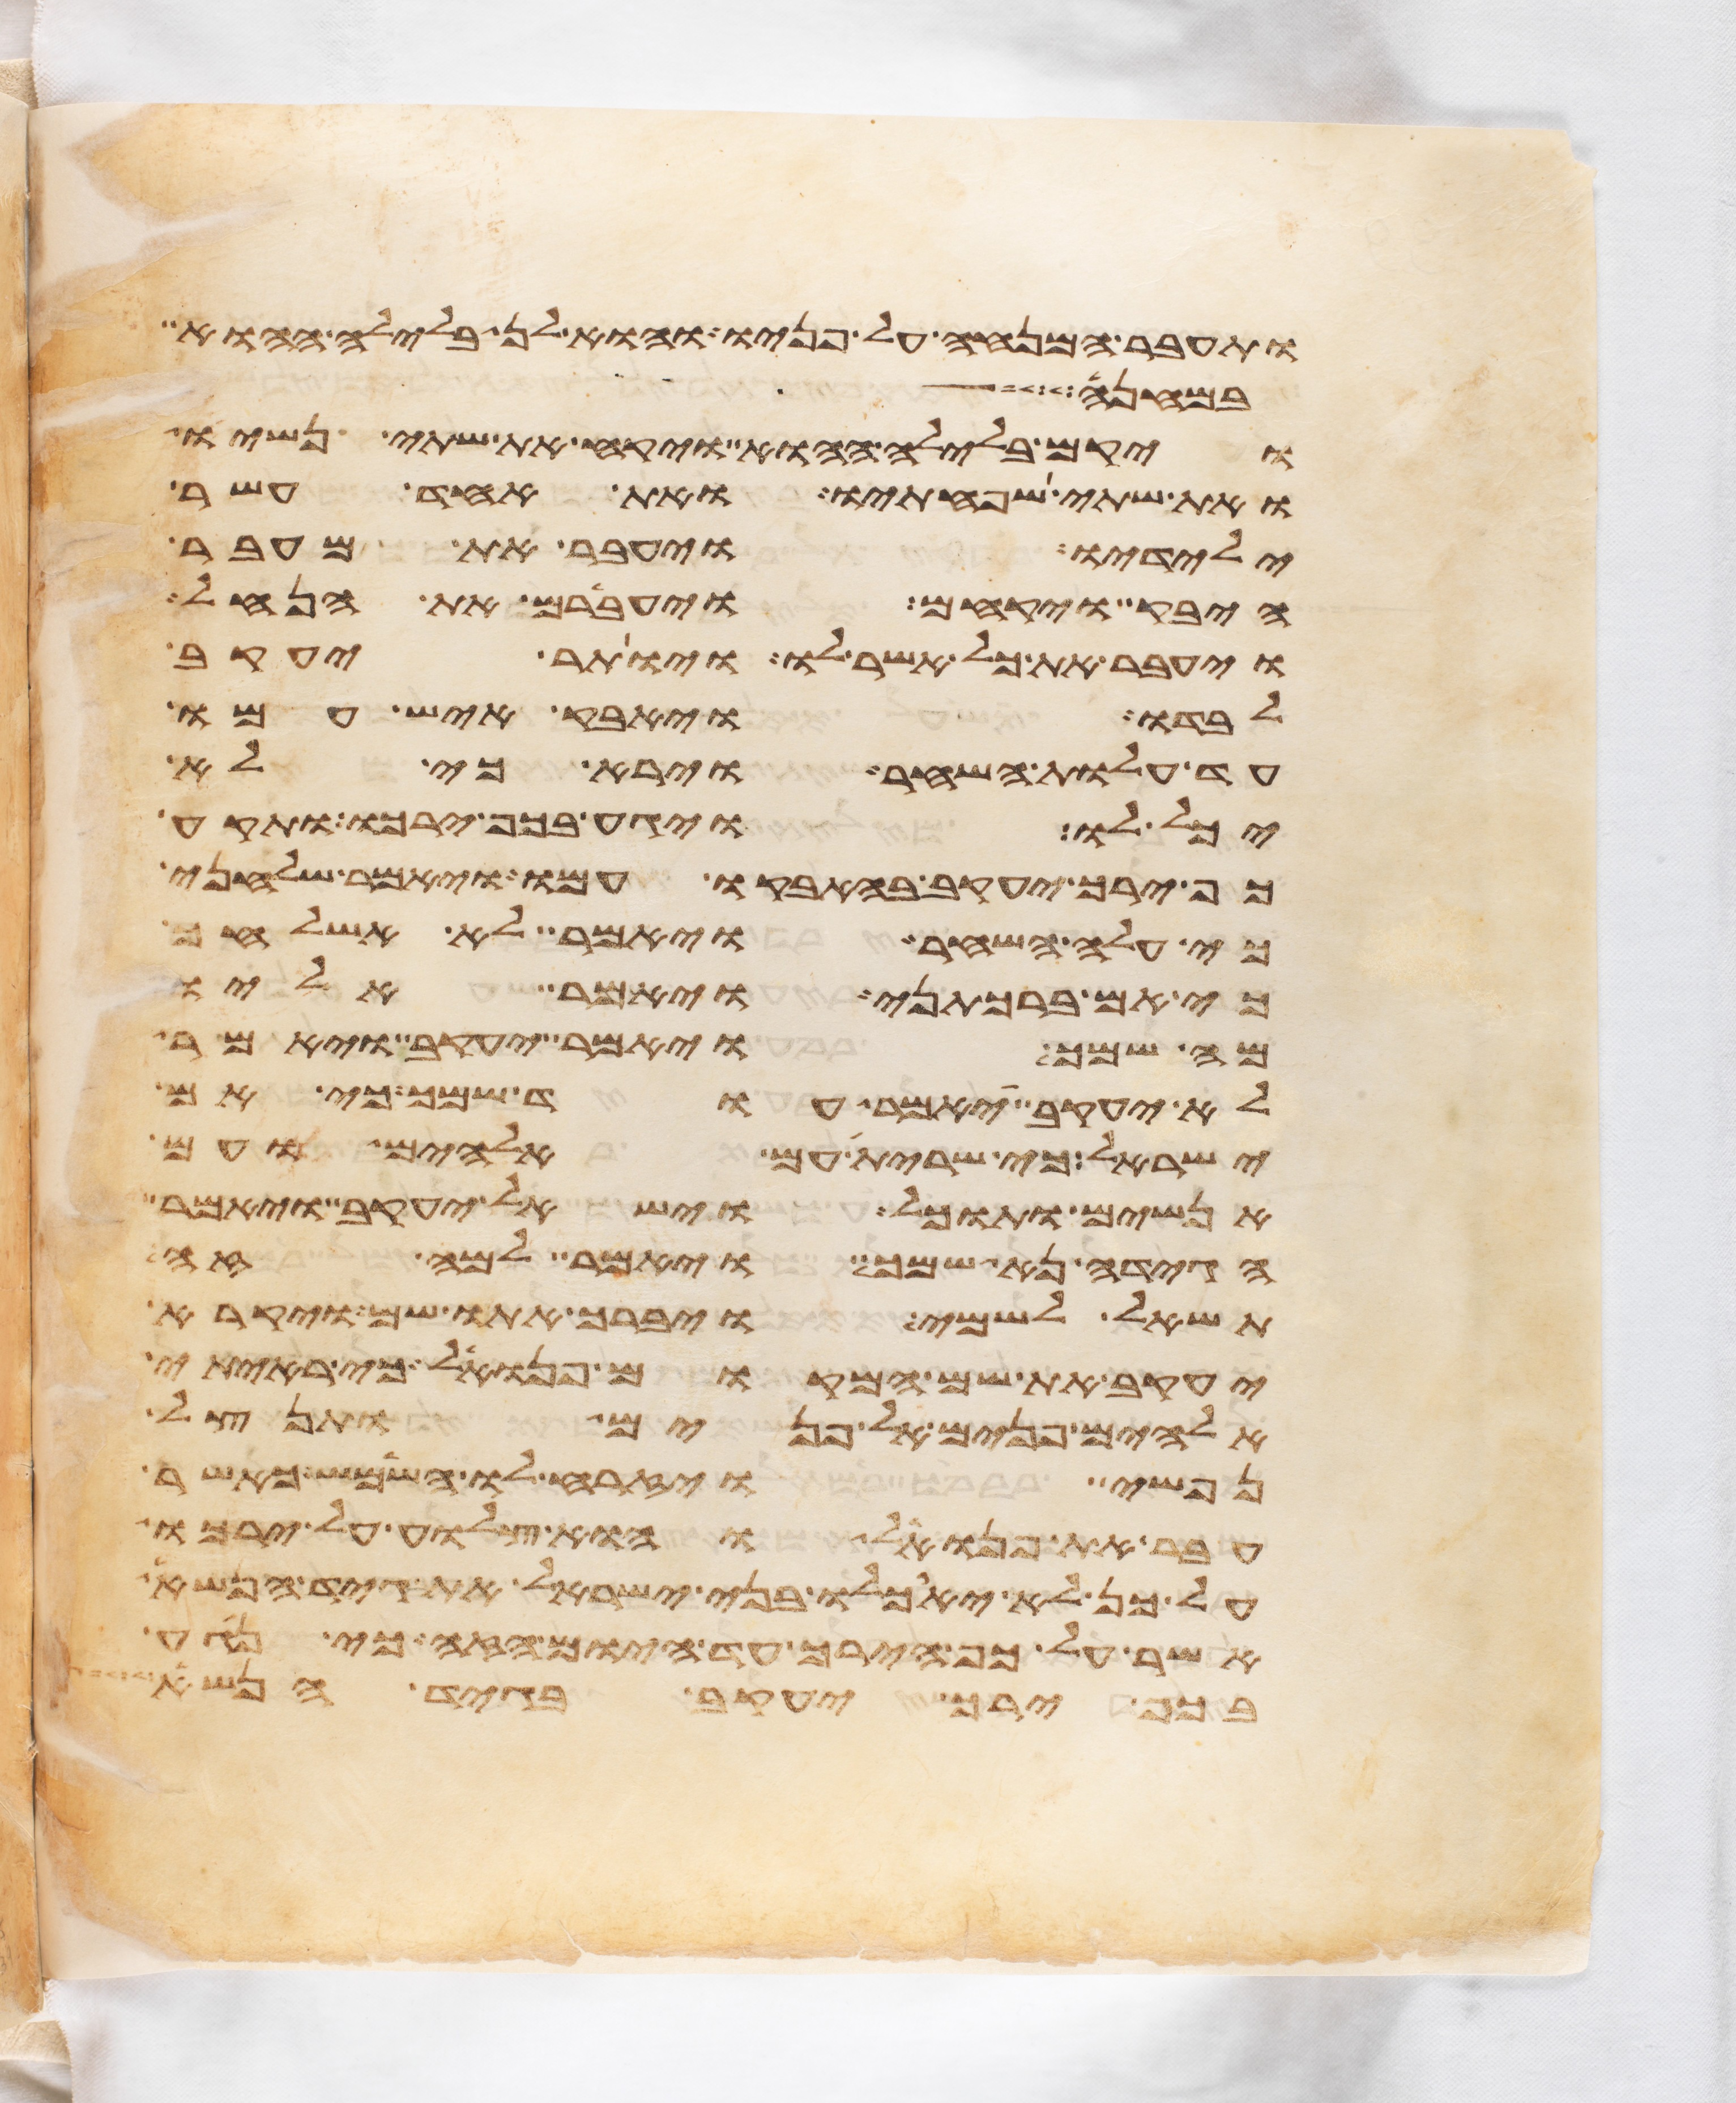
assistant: ותעבר המנחה על פניו והוא לן בלילה ההוא
במחנה
ויקם בלילה ההוא ויקח את שתי נשיו
ואת שתי שפחתיו ואת אחד עשר
ילידיו ויעבר את מעבר
היבק ויקחם ויעברם את הנחל
ויעבר את כל אשר לו ויותר יעקב
לבדו ויאבק איש עמו
עד עלות השחר וירא כי לא
יכל לו ויגע בכף ירכו ותקע
כף ירך יעקב בהאבקו עמו ויאמר שלחני
כי עלה השחר ויאמר לא אשלחך
כי אם ברכתני ויאמר אליו
מה שמך ויאמר יעקב ויאמר
לא יעקב יאמר עוד שמך כי אם
ישראל כי שרית עם אלהים ועם
אנשים ותוכל וישאל יעקב ויאמר
הגידה נא שמך ויאמר למה זה
תשאל לשמי ויברך אתו שם ויקרא
יעקב שם המקום פנואל כי ראיתי
אלהים פנים אל פנים ותנצל
נפשי ויזרח לו השמש כאשר
עבר את פנואל והוא צלוע על ירכו
על כן לא יאכלו בני ישראל את גיד הנשא
אשר על כף הירך עד היום הזה כי נגע
בכף ירך יעקב בגיד הנשא